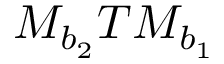
M _ { b _ { 2 } } T M _ { b _ { 1 } }